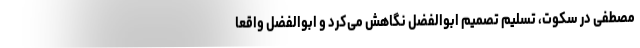
مصطفی در سکوت، تسلیم تصمیم ابوالفضل نگاهش می‌کرد و ابوالفضل واقعاً